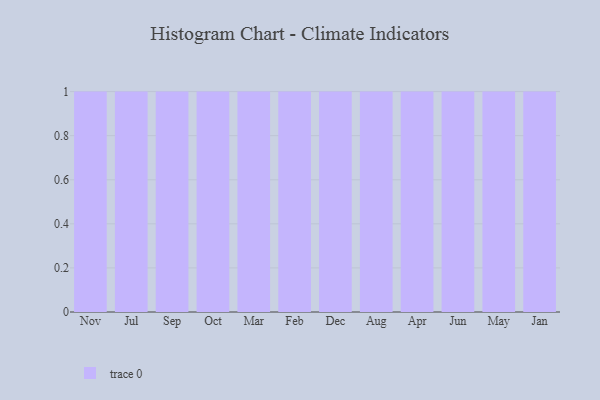
{"axis": {"x": "Month", "y": "Demand Index"}, "legend": [""], "data": [{"x": "Nov", "y": 29, "type": ""}, {"x": "Jul", "y": 3, "type": ""}, {"x": "Sep", "y": 24, "type": ""}, {"x": "Oct", "y": 23, "type": ""}, {"x": "Mar", "y": 15, "type": ""}, {"x": "Feb", "y": 11, "type": ""}, {"x": "Dec", "y": 36, "type": ""}, {"x": "Aug", "y": 1, "type": ""}, {"x": "Apr", "y": 82, "type": ""}, {"x": "Jun", "y": 53, "type": ""}, {"x": "May", "y": 32, "type": ""}, {"x": "Jan", "y": 46, "type": ""}]}